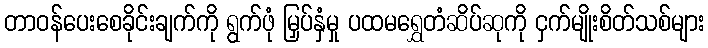
တာဝန်ပေးစေခိုင်းချက်ကို ရွက်ဖုံ မြှပ်နှံမှု ပထမရွှေတံဆိပ်ဆုကို ငှက်မျိုးစိတ်သစ်များ